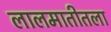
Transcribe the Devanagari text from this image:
लालमातीतला